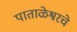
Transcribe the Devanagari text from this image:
पाताळेश्वरचे